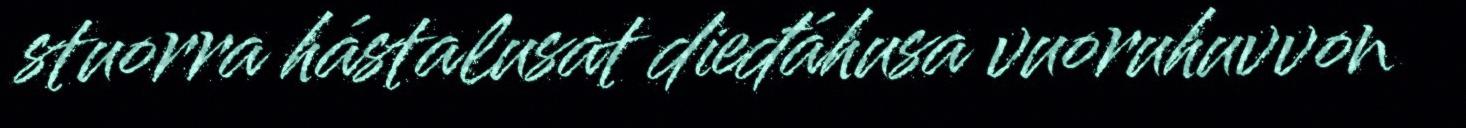
stuorra hástalusat dieđáhusa vuoruhuvvon